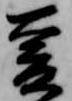
爰